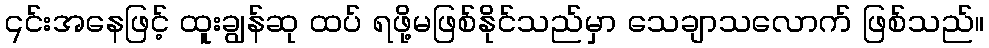
၎င်းအနေဖြင့် ထူးချွန်ဆု ထပ် ရဖို့မဖြစ်နိုင်သည်မှာ သေချာသလောက် ဖြစ်သည်။